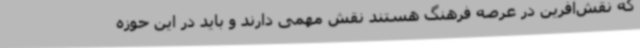
که نقش‌آفرین در عرصه فرهنگ هستند نقش مهمی دارند و باید در این حوزه